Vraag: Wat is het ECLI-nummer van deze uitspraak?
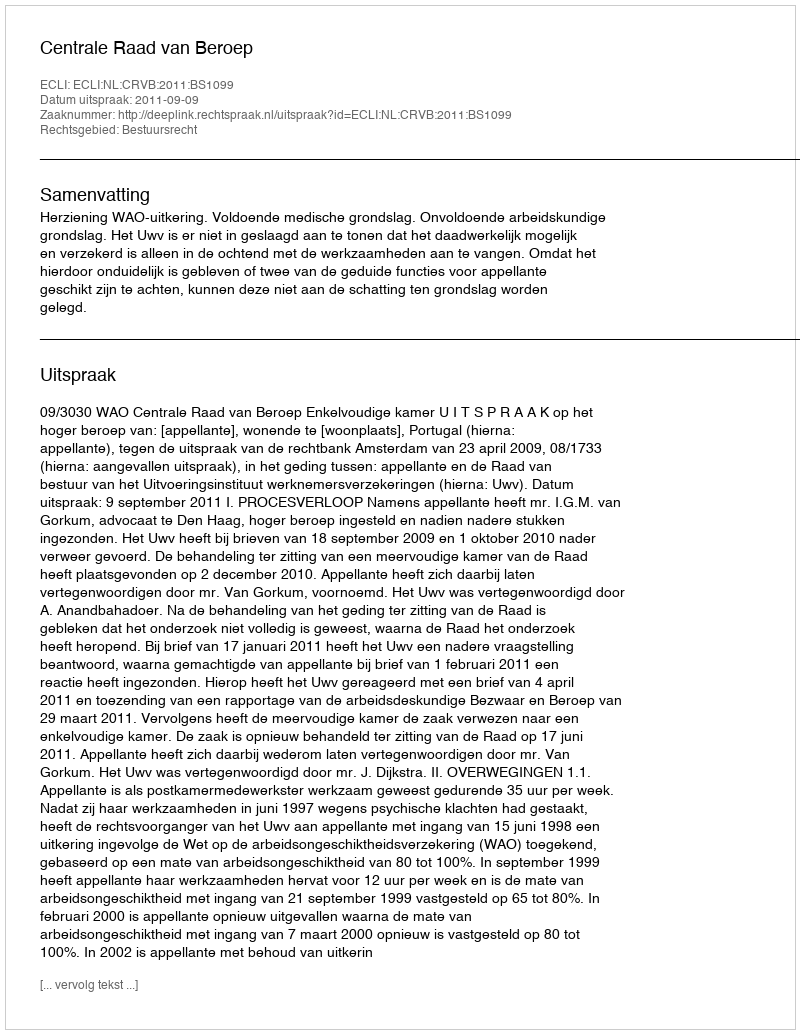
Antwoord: ECLI:NL:CRVB:2011:BS1099